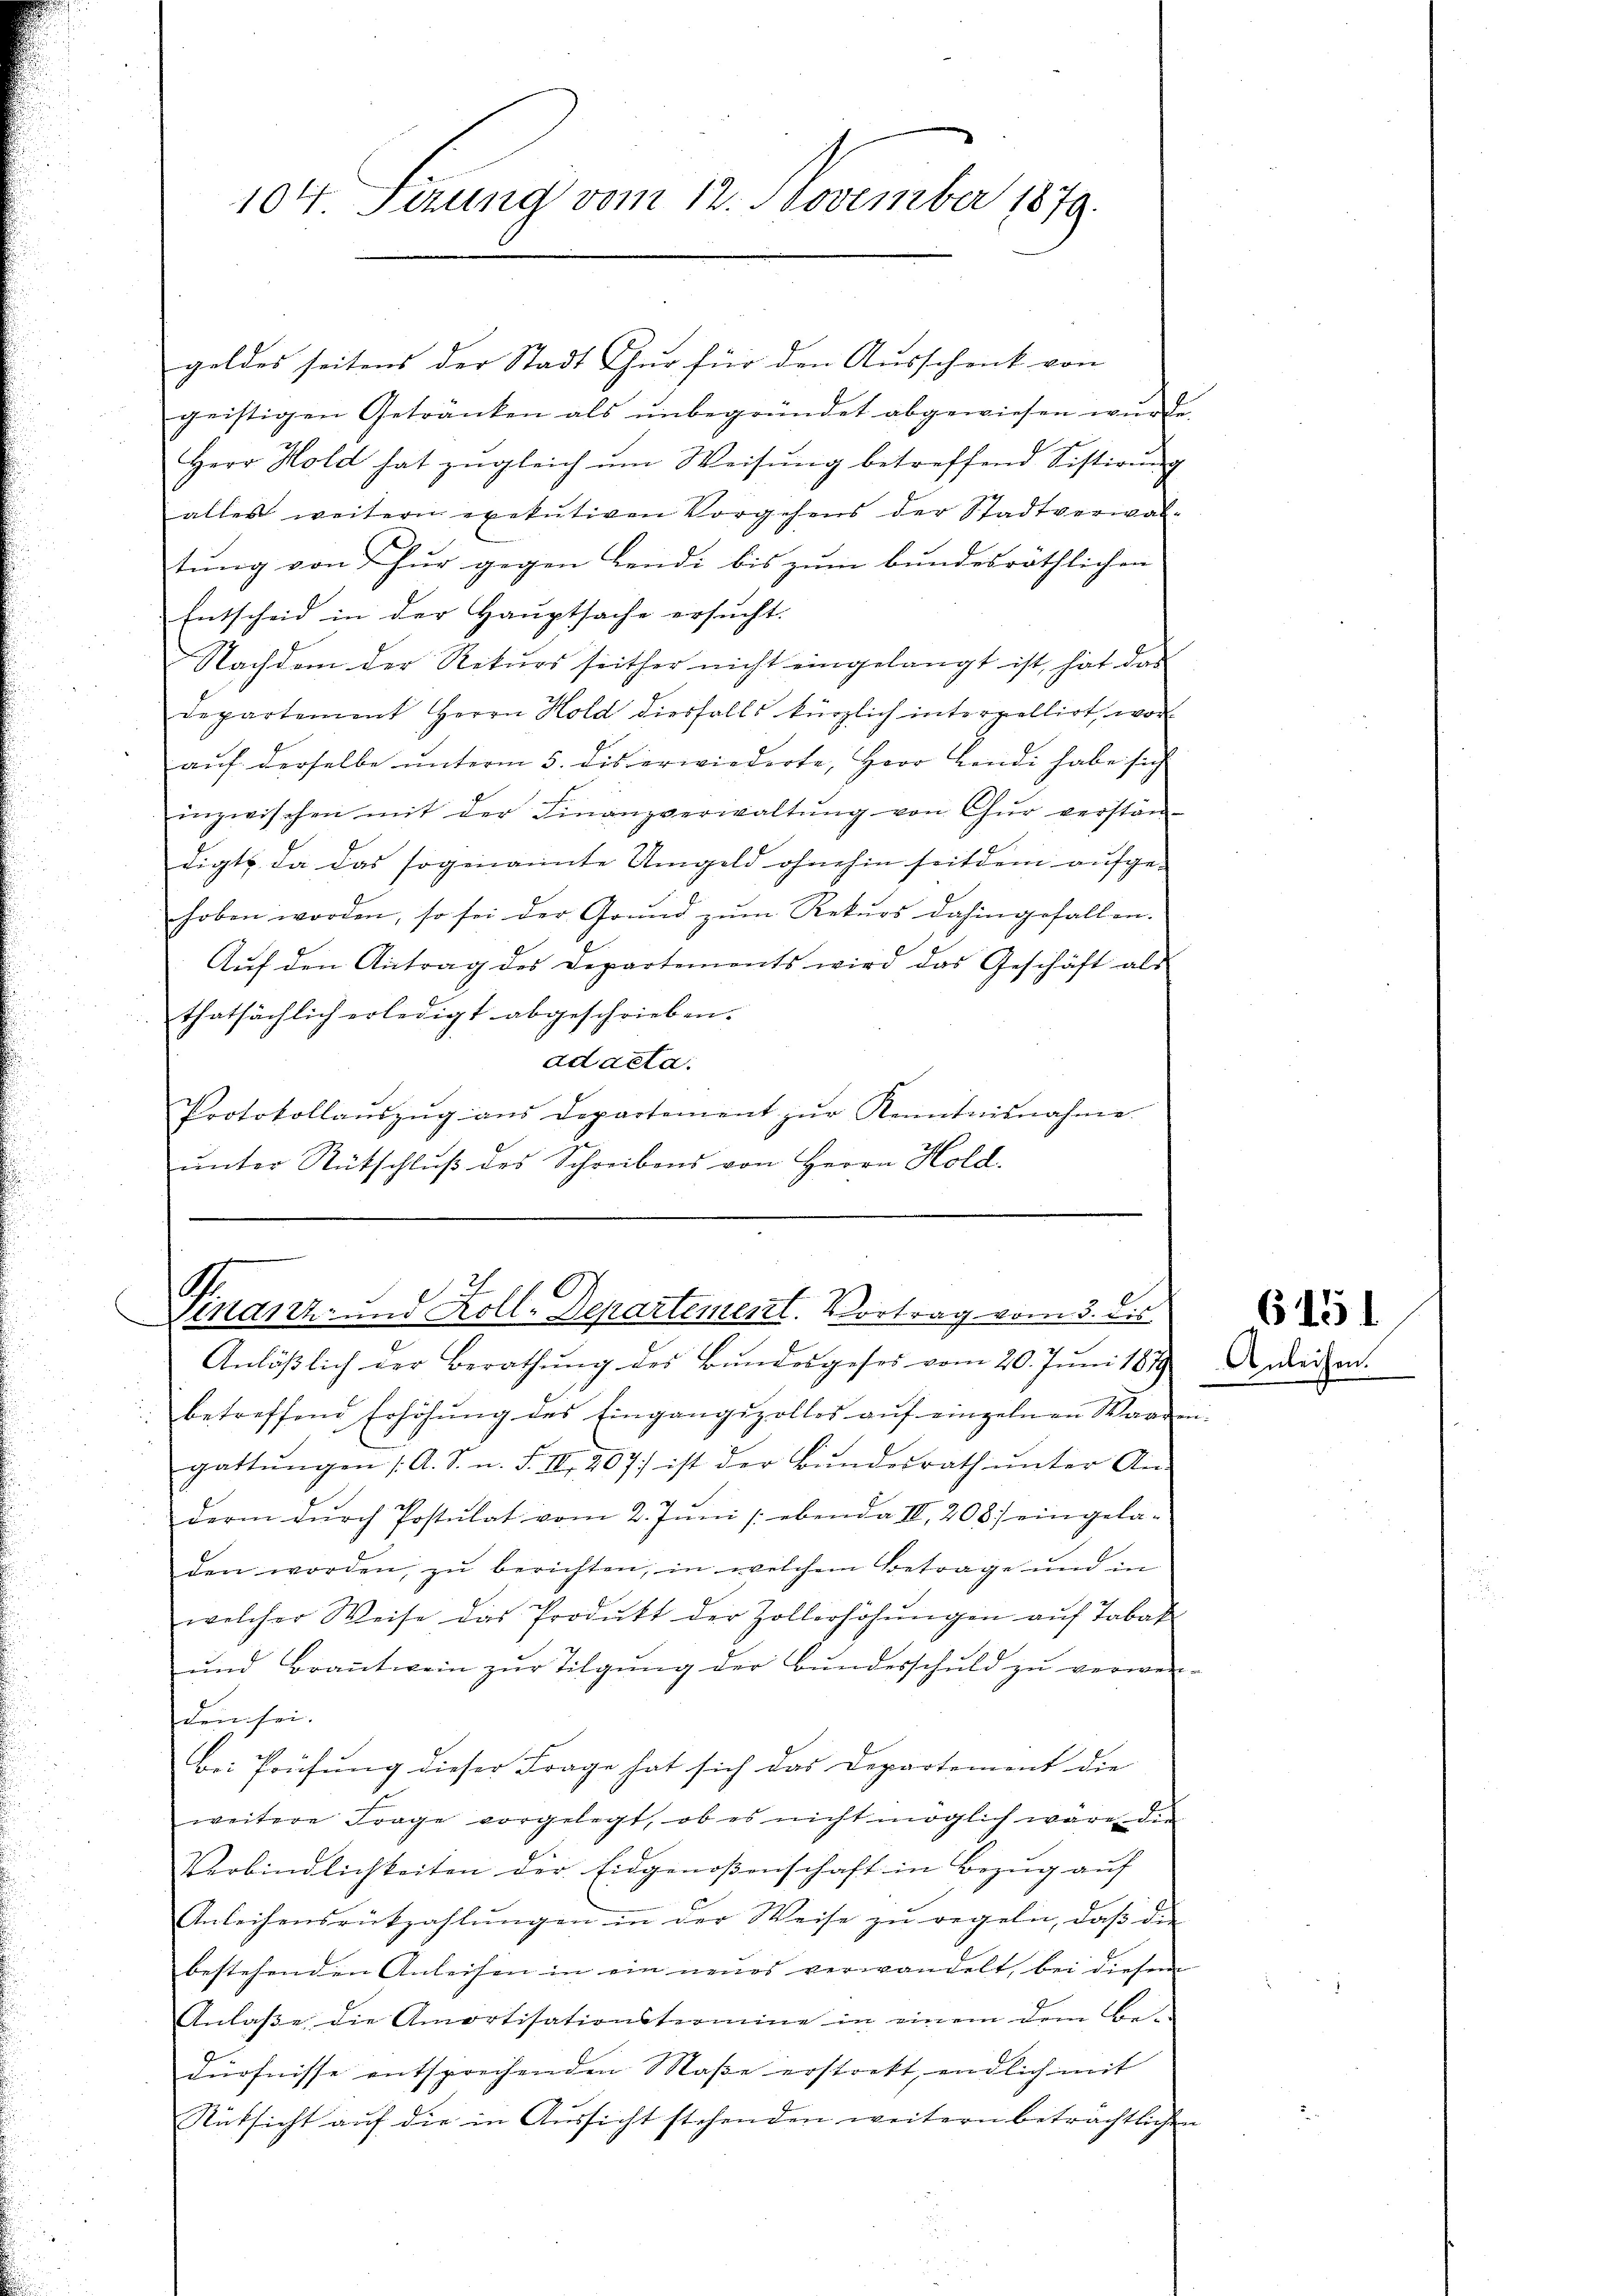
104 Serung vom 12. November 1879.

geldes seitens der Stadt Chur für den Ausschenk von
geistigen Getränken als unbegründet abgewiesen wurde.
Herr Hold hat zŭgleich ŭm Weisŭng betreffend Sistirŭng
alles weitern exekutiven Vorgehens der Stadtverwaltung von fur gegen Lendi bis zum bundesräthlichen
Entscheid in der Hauptsache ersucht.
Nachdem der Rekurs seither nicht eingelangt ist, hat das
Departement Herrn Hold diesfalls kürzlich interpellirt, woraŭf derselbe ŭnterm 5. des erwiederte, Herr Landi habe sich
inzwischen mit der Finanzverwaltŭng von Chur verstän-
digte da das sogenannte Umgeld ohnehin seitdem aufge-
hoben worden, so sei der Grŭnd zŭm Rekŭrs dahingefallen.
Aŭf den Antrag des Departements wird das Geschäft als
thatsächlich erledigt abgeschrieben.
ad acta.
Protokollaŭszŭg ans Departement zŭr Kenntnisnahme
ŭnter Rutschlŭβ des Schreibens von Herrn Hold

e
G
f
Endrtz- und Koll-Departement. Vortrag vom 3. dis

Anläßlich der Berathung des Bundesgeses vom 20. Juni 1879
betreffend Erhöhŭng des Eingangszolles aŭf einzelnen Waare
gattŭngen (A. S. n. F. III 267) ist der Bŭndesrath ŭnter An-
derm durch Postulat vom 2. Juni ebenda IV 208) eingela-
den worden, zu berichten, in welchem Betrage und in
welcher Weise das Produkt der Zollerhöhŭngen aŭf Tabak
und Braṅtwein zŭr Tilgung der Bŭndesschuld zŭ verwen-
den sei.
bei Prüfung dieser Frage hat sich das Departement die
weitere Frage vorgelegt, ob es nicht möglich wäre die
Verbindlichkeiten der Eidgenossenschaft in Bezug auf
Anleihensrückzahlungen in der Weise zu regeln, daß die
bestehenden Anleisen in ein neues verwandelt, bei diesem
Anlaße die Amortisationstromine in einem dem Be-
dürfnisse entsprechenden Masse erstorkt, endlich mit
Rücksicht auf die in Aussicht stehenden weitern beträchtliche

6151
Anleihen.